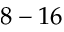
8 - 1 6